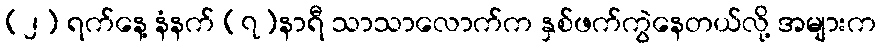
(၂) ရက်နေ့ နံနက် (၇)နာရီ သာသာလောက်က နှစ်ဖက်ကွဲနေတယ်လို့ အများက